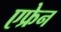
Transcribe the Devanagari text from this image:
एफ्रेन